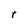
Character: t